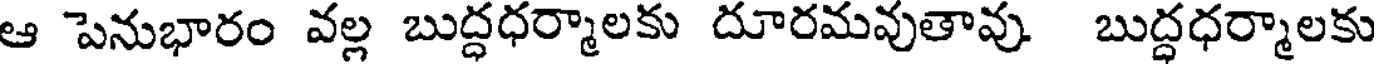
ఆ పెనుభారం వల్ల బుద్ధధర్మాలకు దూరమవుతావు బుద్ధధర్మాలకు